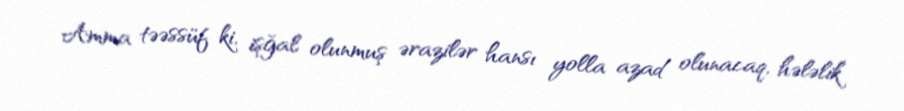
Amma təəssüf ki, işğal olunmuş ərazilər hansı yolla azad olunacaq, hələlik